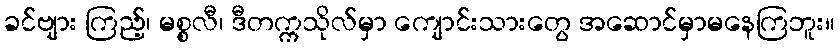
ခင်ဗျား ကြည့်၊ မစ္စလီ၊ ဒီတက္ကသိုလ်မှာ ကျောင်းသားတွေ အဆောင်မှာမနေကြဘူး။